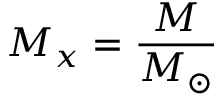
M _ { x } = { \frac { M } { M _ { \odot } } }